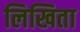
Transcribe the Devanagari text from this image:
लिखिता